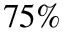
7 5 \%